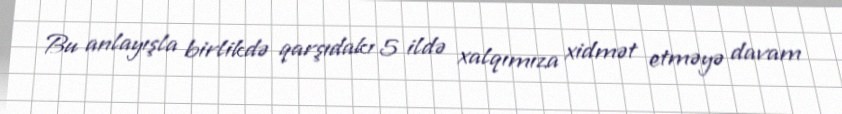
Bu anlayışla birlikdə qarşıdakı 5 ildə xalqımıza xidmət etməyə davam